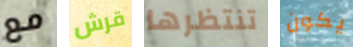
مع قرش تنتظرها يكون